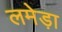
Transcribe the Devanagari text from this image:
लमेड़ा